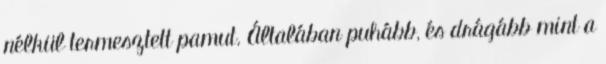
nélkül termesztett pamut. Általában puhább, és drágább mint a